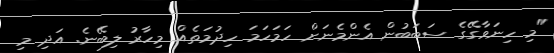
"މި ހިނަވާގޭގެ ސަބަބުން އެންމެނަށް ހަމަހަމަ ހިދުމަތެއް މިހާރު ލިބޭނެ. އަދި މި